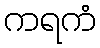
ကရကံ